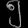
Digit: ၅